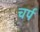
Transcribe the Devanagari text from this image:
चर्प